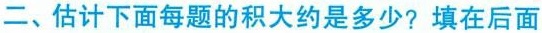
二、估计下面每题的积大约是多少?填在后面